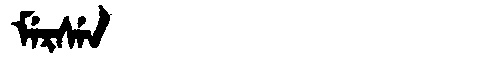
Manchu: ᠮᡝᡵᠰᡝᠨ
Romanization: MERSEN